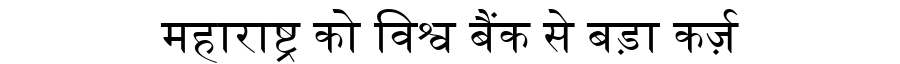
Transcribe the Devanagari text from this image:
महाराष्ट्र को विश्व बैंक से बड़ा कर्ज़